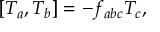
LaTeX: \lbrack T _ { a } , T _ { b } ] = - f _ { a b c } T _ { c } ,